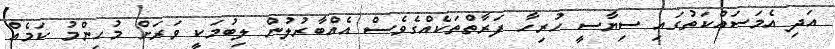
އަދި އެމަސައްކަތުގައި ސިޔާސީ ހުރިހާ ފަރާތްތަކެއްގެވެސް އެއްބާރުލުން ލިބުމަކީ ވަރަށް މުހިންމު ކަމެއް